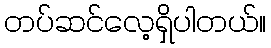
တပ်ဆင်လေ့ရှိပါတယ်။